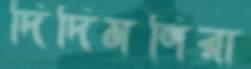
দিদিমণিরা